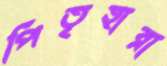
পিতৃহারা